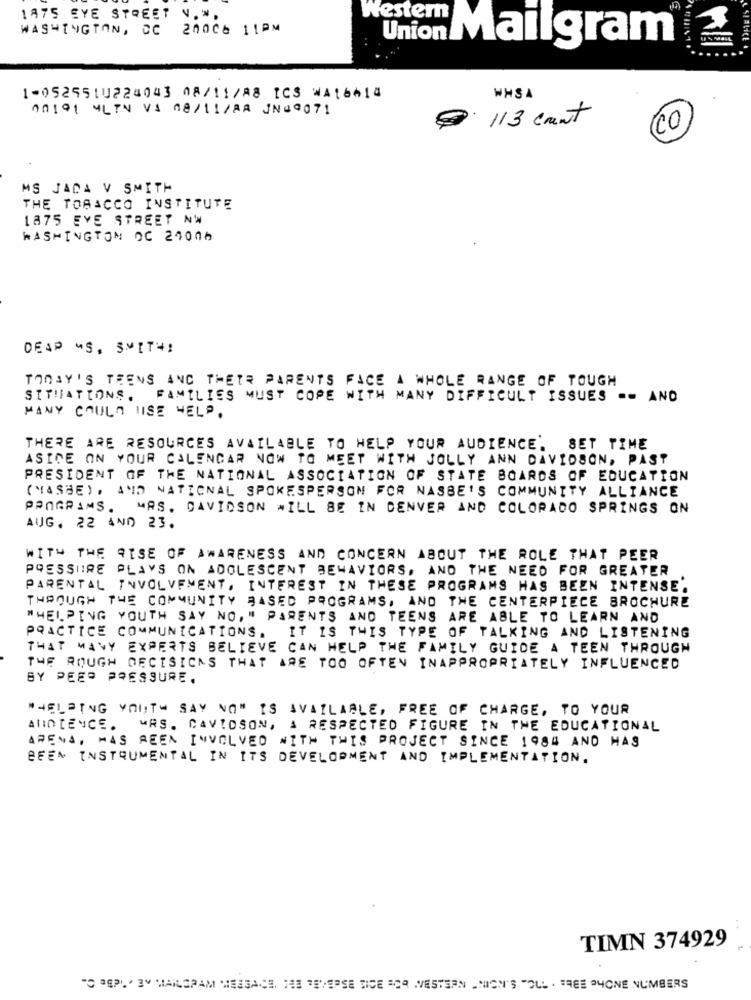
1475 EYE STREET V.".
Western
WASHINGTON, DC 2000b 11PM
Union Mailgram®
1-0525510224043 08/11/A8 ICS WA16614
WHS A
00191 MLTN VA 08/11/RA JN#9071
113 count
(CO)
MS JADA V SMITH
THE TOBACCO INSTITUTE
1875 EYE STREET NW
WASHINGTON DC 20006
DEAP MS, SWITH:
TODAY'S TEENS AND THEIR PARENTS FACE A WHOLE RANGE OF TOUGH
SITUATIONS .
FAMILIES MUST COPE WITH MANY DIFFICULT ISSUES -- AND
MANY COULD USE WELP.
THERE ARE RESOURCES AVAILABLE TO HELP YOUR AUDIENCE. SET TIME
ASIDE ON YOUR CALENCAR NOW TO MEET WITH JOLLY ANN DAVIDSON, PAST
PRESIDENT OF THE NATIONAL ASSOCIATION OF STATE BOARDS OF EDUCATION
(MASBE), AND NATIONAL SPOKESPERSON FOR NASBE'S COMMUNITY ALLIANCE
PROGRAMS
MAS . DAVIDSON WILL BE IN DENVER AND COLORADO SPRINGS ON
AUG. 22 AND 23.
WITH THE RISE OF AWARENESS AND CONCERN ABOUT THE ROLE THAT PEER
PRESSIIRE PLAYS ON ADOLESCENT BEHAVIORS, AND THE NEED FOR GREATER
PARENTAL INVOLVEMENT, INTEREST IN THESE PROGRAMS HAS BEEN INTENSE.
THROUGH THE COMMUNITY BASED PROGRAMS, AND THE CENTERPIECE BROCHURE
"HELPING YOUTH SAY NO, " PARENTS AND TEENS ARE ABLE TO LEARN AND
PRACTICE COMMUNICATIONS. IT IS THIS TYPE OF TALKING AND LISTENING
THAT MANY EXPERTS BELIEVE CAN HELP THE FAMILY GUIDE A TEEN THROUGH
THE ROUGH DECISIONS THAT ARE TOO OFTEN INAPPROPRIATELY INFLUENCED
BY PEER PRESSURE.
"HELPING YOUTH SAY NO" IS AVAILABLE, FREE OF CHARGE, TO YOUR
ANINTENCE.
MRS. CAVIOSON, A RESPECTED FIGURE IN THE EDUCATIONAL
ARENA, MAS BEEN INVOLVED WITH THIS PROJECT SINCE 1984 AND HAS
BEEN INSTRUMENTAL IN ITS DEVELOPMENT AND IMPLEMENTATION.
TIMN 374929
"O PEPL' BY MAILSPAM WESSACE, THE REVERSE SICE BOR WESTERN UNION'S "OLL . FREE PHONE NUMBERS